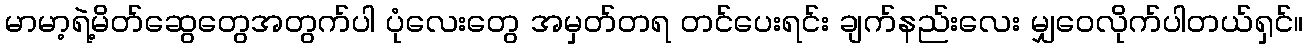
မာမာ့ရဲ့မိတ်ဆွေတွေအတွက်ပါ ပုံလေးတွေ အမှတ်တရ တင်ပေးရင်း ချက်နည်းလေး မျှဝေလိုက်ပါတယ်ရှင်။